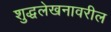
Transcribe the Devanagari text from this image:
शुद्धलेखनावरील